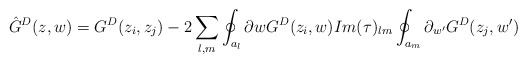
\begin{align*}\hat{G}^D(z, w) =G^D(z_i, z_j)-2\sum_{l, m}\oint_{a_l}\partial{w}G^D(z_i,w)Im(\tau)_{lm}\oint_{a_m}\partial_{w^{\prime}}G^D(z_j, w^{\prime})\end{align*}